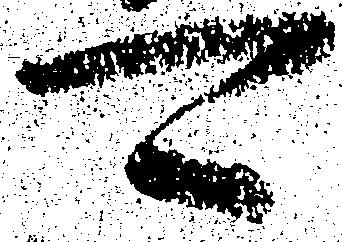
可